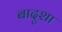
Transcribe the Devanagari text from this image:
बादुशा